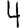
Digit: 4